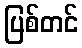
ပြစ်တင်